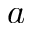
\boldsymbol { a }